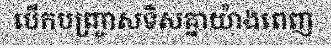
បើកបញ្ច្រាសទិសគ្នាយ៉ាងពេញ